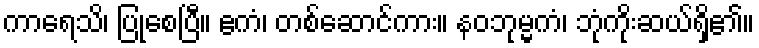
ကာရေသိ၊ ပြုစေပြီ။ ဧကံ၊ တစ်ဆောင်ကား။ နဝဘုမ္မကံ၊ ဘုံကိုးဆယ်ရှိ၏။